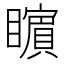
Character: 𭿬